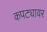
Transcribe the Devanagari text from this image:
कपट्यावर